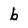
Character: b